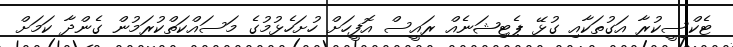
ޓެކްސީކުރާ އަގުތަކާއި ގުޅޭ ޕެޓިޝަނެއް ރައީސް އޮފީހަށް ހުށަހެޅުމުގެ މަސައްކަތްކުރަމުން ގެންދާ ކަމަށް